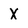
Character: X